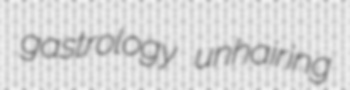
gastrology unhairing